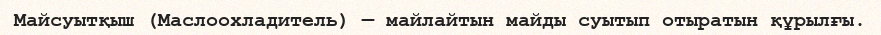
Майсуытқыш (Маслоохладитель) — майлайтын майды суытып отыратын құрылғы.